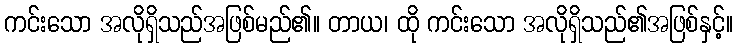
ကင်းသော အလိုရှိသည်အဖြစ်မည်၏။ တာယ၊ ထို ကင်းသော အလိုရှိသည်၏အဖြစ်နှင့်။